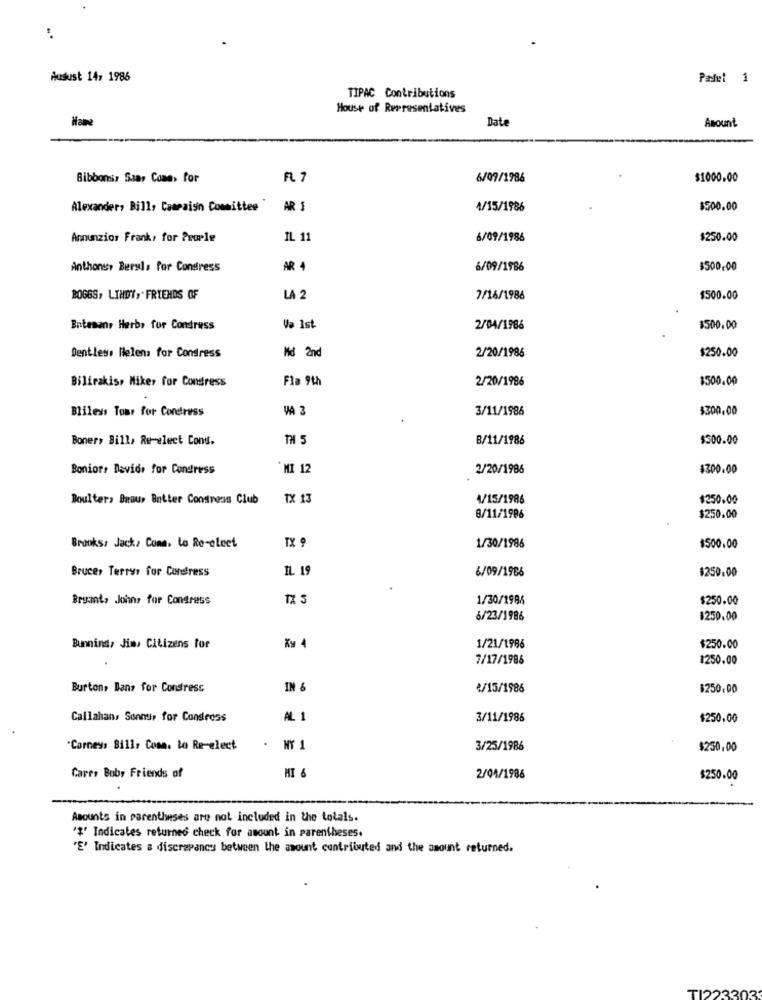
:
Ausust 14, 1986
Pasel 1
TIPAC Contributions
House of Representatives
Date
Amount
Bibbons, Saar Come, for
6/09/1986
$1000.00
Alexander, Bill, Cameraisn Committee
AR S
4/15/1986
$200.00
Annunzios Frank, for People
IL 11
6/09/1986
$250.00
Anthonsy Bersls for Constress
AR 4
6/09/1986
$500,00
BOGGS, LINDY, FRIENDS OF
LA 2
7/16/1986
$500.00
Entesans Herb, for Condress
Va Ist
2/04/1986
$500.00
Md 2nd
2/20/1986
$250.00
Dentless Helens for Condress
Bilirakis, Miker for Condress
Fla 9th
2/20/1986
$500.00
Bliless Tour for Coneress
3/11/1986
$300.00
Boner, Bill, Re-elect Cons.
TH 5
B/11/1986
$300.00
Bonior, Davide for Congress
`MI 12
2/20/1986
$300.00
Boulter, Brous Batter Constrons Club
TX 13
4/15/1986
$250.00
8/11/1986
$250.00
Brooks, Jack, Come. to Re-eleet
TX 9
1/30/1996
$500.00
Bruce, Terrys for Condress
IL 19
6/09/1966
$250.00
Bryant, Johns for Congress
TX 5
1/30/1986
$250.00
6/23/1986
$250.00
Bunnind, Jin, Citizens for
1/21/1986
$250.00
7/17/1986
$250.00
Burton, Dans for Constress
IN &
€/15/1986
$250.00
Callahan, Sonnur for Congress
AL 1
3/11/1986
$250,00
"Carneys Bill, Com. Lo Re-elect
- MY 1
3/25/1986
$250,00
MI 6
Carry Boby Friends of
2/04/1986
$250.00
Amounts in parentheses are not included in the totals.
"#' Indicates returned check for amount in parentheses.
"E' Indicates a discrepancy between the amount contributed and the amount returned.
TI223